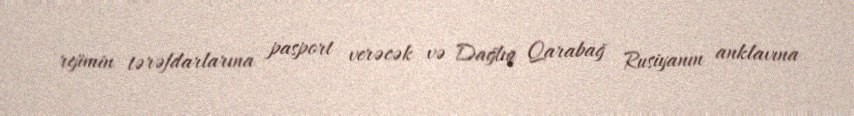
rejimin tərəfdarlarına pasport verəcək və Dağlıq Qarabağ Rusiyanın anklavına